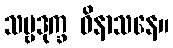
သဗ္ဗဒုက္ခ ဝိနာသနေ။